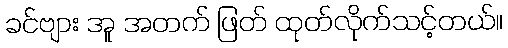
ခင်ဗျား အူ အတက် ဖြတ် ထုတ်လိုက်သင့်တယ်။